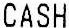
CASH